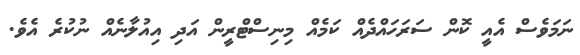
ނަމަވެސް އެއީ ކޮން ސަރަހައްދެއް ކަމެއް މިނިސްޓްރީން އަދި އިއުލާނެއް ނުކުރެ އެވެ.